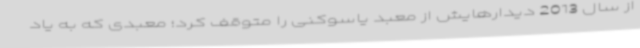
از سال 2013 دیدارهایش از معبد یاسوکنی را متوقف کرد؛ معبدی که به یاد